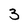
Character: 3